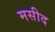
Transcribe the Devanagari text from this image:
मसीद